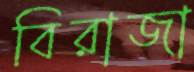
বিরাজা